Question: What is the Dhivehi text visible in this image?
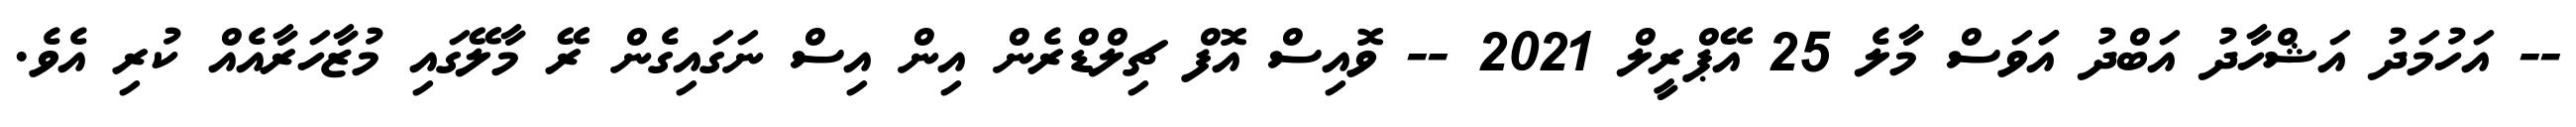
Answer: -- އަހުމަދު އަޝްހާދު އަބްދު އަަވަސް މާލެ 25 އޭޕްރީލް 2021 -- ވޮއިސް އޮފް ޗިލްޑްރެން އިން އިސް ނަގައިގެން ރޭ މާލޭގައި މުޒާހަރާއެއް ކުރި އެވެ.